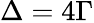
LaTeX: \Delta=4\Gamma